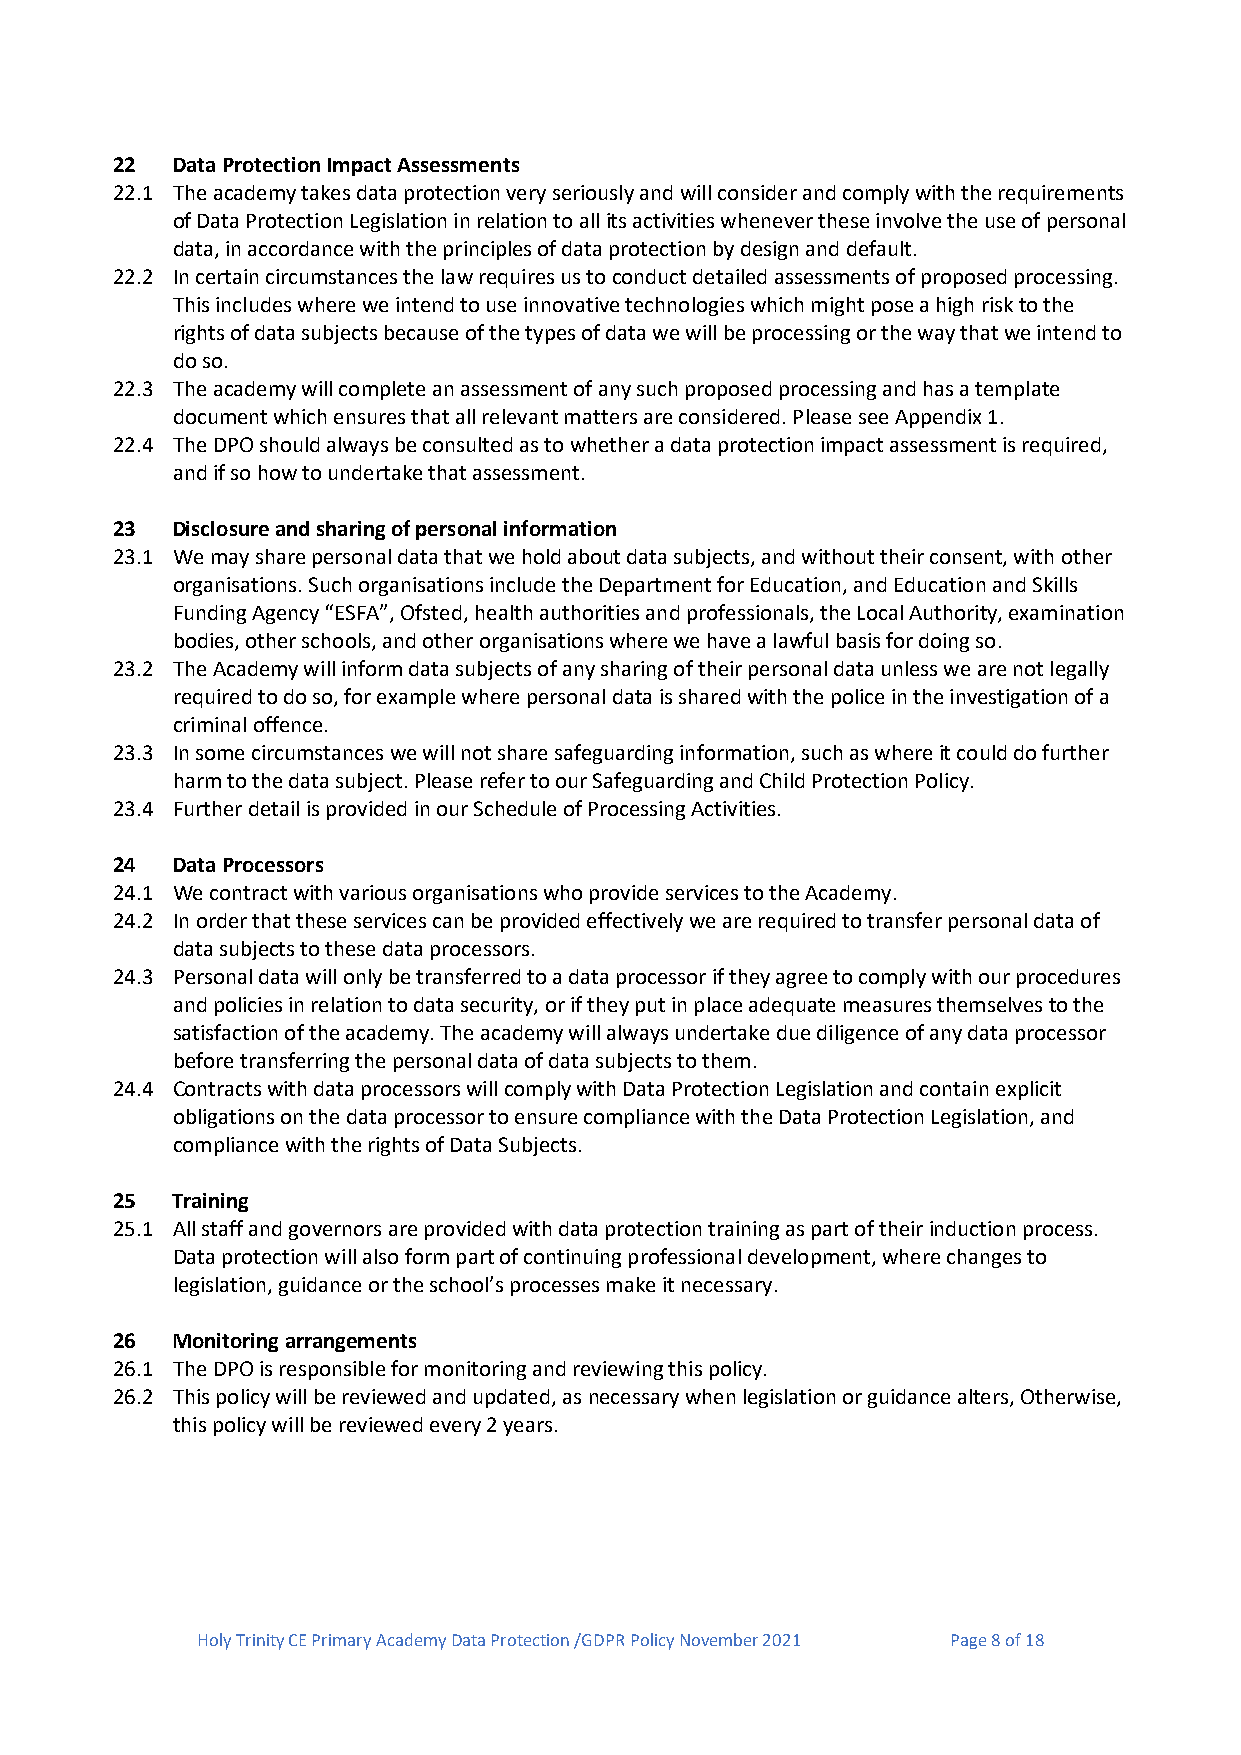
22  Data Protection Impact Assessments
 22.1 The academy takes data protection very seriously and will consider and comply with the requirements
 of Data Protection Legislation in relation to all its activities whenever these involve the use of personal
 data, in accordance with the principles of data protection by design and default.
 22.2 In certain circumstances the law requires us to conduct detailed assessments of proposed processing.
 This includes where we intend to use innovative technologies which might pose a high risk to the
 rights of data subjects because of the types of data we will be processing or the way that we intend to
 do so.
 22.3 The academy will complete an assessment of any such proposed processing and has a template
 document which ensures that all relevant matters are considered. Please see Appendix 1.
 22.4 The DPO should always be consulted as to whether a data protection impact assessment is required,
 and if so how to undertake that assessment.
 23  Disclosure and sharing of personal information
 23.1 We may share personal data that we hold about data subjects, and without their consent, with other
 organisations. Such organisations include the Department for Education, and Education and Skills
 Funding Agency “ESFA”, Ofsted, health authorities and professionals, the Local Authority, examination
 bodies, other schools, and other organisations where we have a lawful basis for doing so.
 23.2 The Academy will inform data subjects of any sharing of their personal data unless we are not legally
 required to do so, for example where personal data is shared with the police in the investigation of a
 criminal offence.
 23.3 In some circumstances we will not share safeguarding information, such as where it could do further
 harm to the data subject. Please refer to our Safeguarding and Child Protection Policy.
 23.4 Further detail is provided in our Schedule of Processing Activities.
 24  Data Processors
 24.1 We contract with various organisations who provide services to the Academy.
 24.2 In order that these services can be provided effectively we are required to transfer personal data of
 data subjects to these data processors.
 24.3 Personal data will only be transferred to a data processor if they agree to comply with our procedures
 and policies in relation to data security, or if they put in place adequate measures themselves to the
 satisfaction of the academy. The academy will always undertake due diligence of any data processor
 before transferring the personal data of data subjects to them.
 24.4 Contracts with data processors will comply with Data Protection Legislation and contain explicit
 obligations on the data processor to ensure compliance with the Data Protection Legislation, and
 compliance with the rights of Data Subjects.
 25  Training
 25.1 All staff and governors are provided with data protection training as part of their induction process.
 Data protection will also form part of continuing professional development, where changes to
 legislation, guidance or the school’s processes make it necessary.
 26  Monitoring arrangements
 26.1 The DPO is responsible for monitoring and reviewing this policy.
 26.2 This policy will be reviewed and updated, as necessary when legislation or guidance alters, Otherwise,
 this policy will be reviewed every 2 years.
 Holy Trinity CE Primary Academy Data Protection /GDPR Policy November 2021 Page 8 of 18